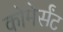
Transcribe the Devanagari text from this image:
कोमेर्संट